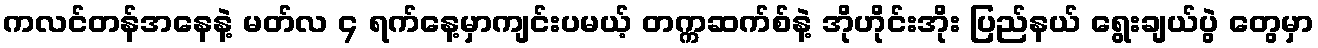
ကလင်တန်အနေနဲ့ မတ်လ ၄ ရက်နေ့မှာကျင်းပမယ့် တက္ကဆက်စ်နဲ့ အိုဟိုင်းအိုး ပြည်နယ် ရွေးချယ်ပွဲ တွေမှာ